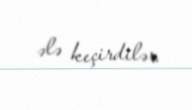
ələ keçirdilər.